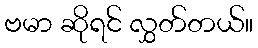
ဗမာ ဆိုရင် လွှတ်တယ်။